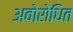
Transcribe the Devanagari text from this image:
अवोरोधित